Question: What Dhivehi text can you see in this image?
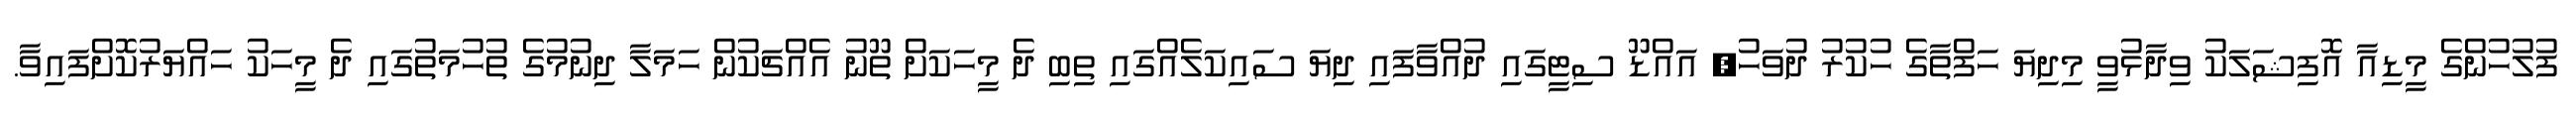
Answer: ފުލުހުންގެ މީޑިއާ އޮފިޝަލަކު ވިދާޅުވީ މިދިޔަ ހަފްތާގެ ހުކުރު ދުވަހު, އައްޑޫ ސިޓީގައި ދުއްވާފައި ދިޔަ ސައިކަލެއްގައި ތިބި ދެ މީހަކަށް ތޫނު އެއްޗަކުން ހަމަލާ ދިނުމުގެ ތުހުމަތުގައި ދެ މީހަކު ހައްޔަރުކޮށްފައިވާ.